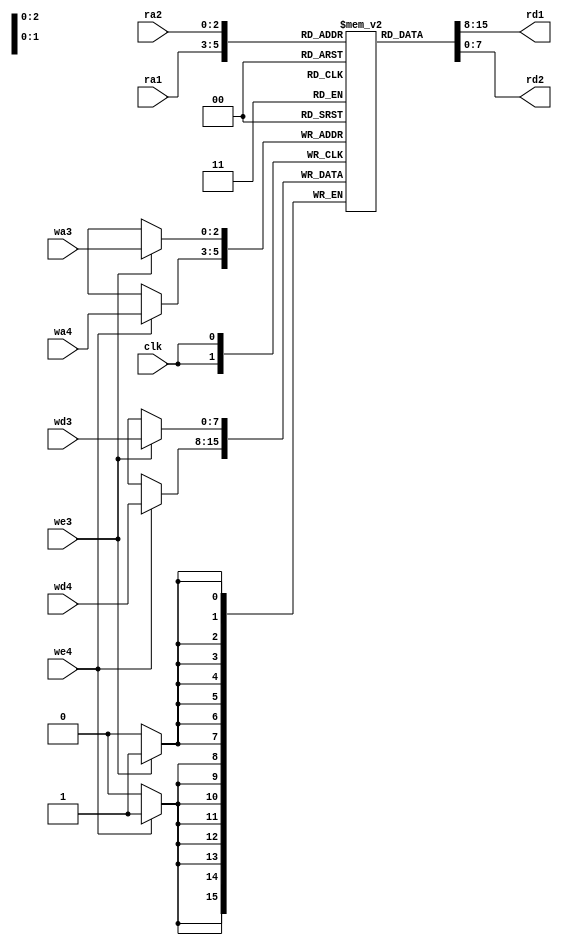
`timescale 1ns / 1ps

module regfile(
	 input clk,
	 input we3, we4,
	 input [2:0] ra1, ra2,
	 input [2:0] wa3, wa4,
	 input [7:0] wd3, wd4,
	 output [7:0] rd1,rd2
	 );

	reg [7:0] rf[7:0];

	always @(negedge clk)
	begin
		if (we3) rf[wa3] <= wd3;
		if (we4) rf[wa4] <= wd4;
	end
	
	assign rd1 = rf[ra1]; 
	assign rd2 = rf[ra2]; 


endmodule